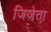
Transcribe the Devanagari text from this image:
जिजेता